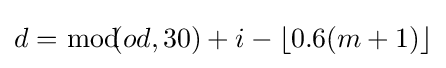
d={\bmod {\!}}\!(od,30)+i-\left\lfloor 0.6(m+1)\right\rfloor